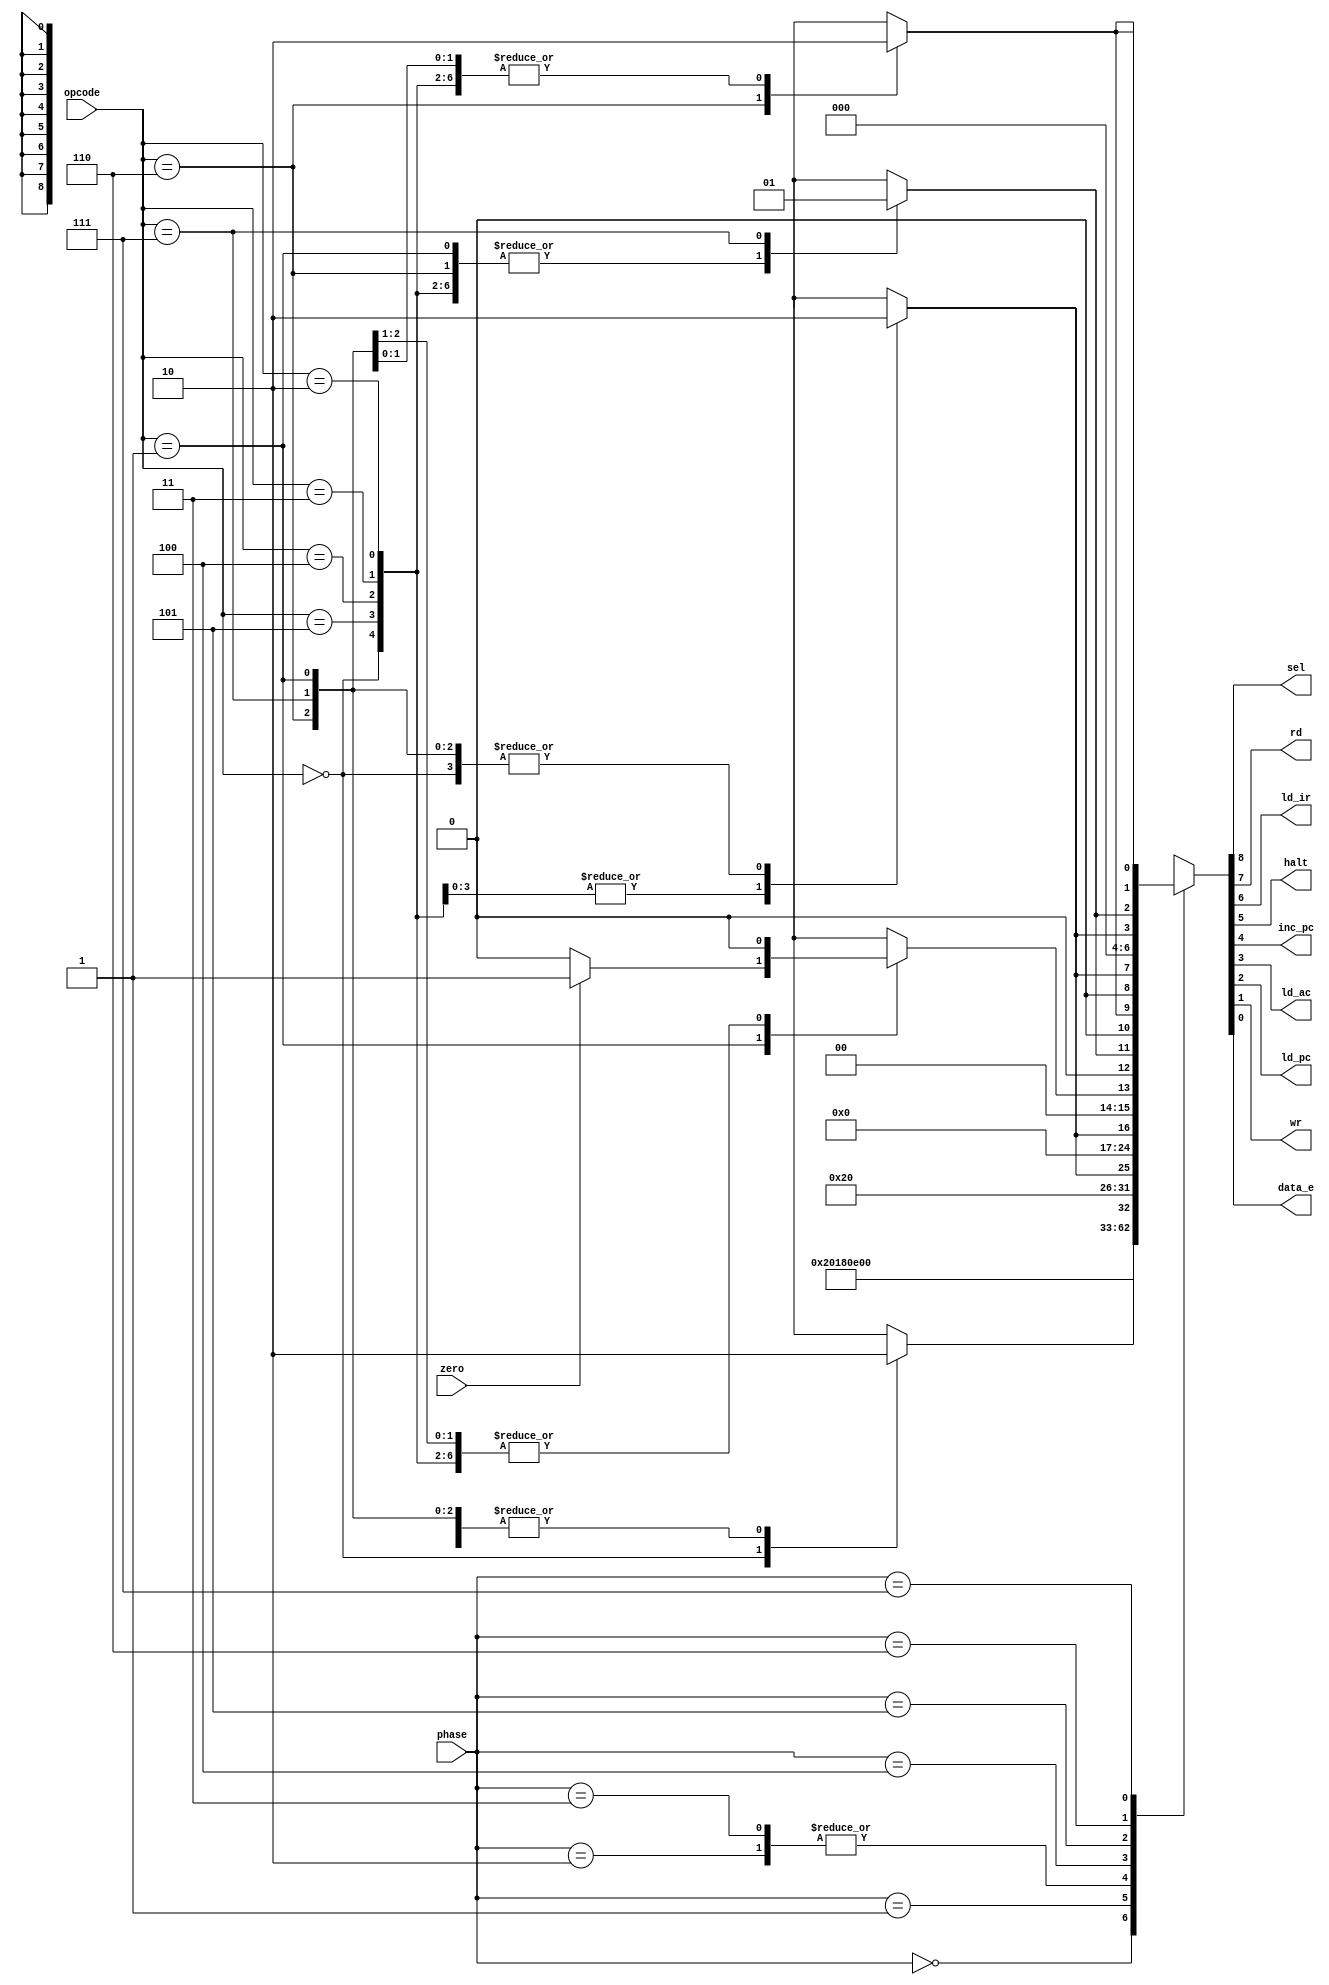
`default_nettype none
`timescale 1ns/1ps

module controller(
    input wire [2:0] opcode, phase,
    input wire zero,
    output wire sel, rd, ld_ir, halt, inc_pc, ld_ac, ld_pc, wr, data_e
);
    reg [8:0] controlsig;
    assign {sel, rd, ld_ir, halt, inc_pc, ld_ac, ld_pc, wr, data_e} = controlsig;
    reg HALT, ALUOP, JMP, STO, SKZnZero;

    always @(*) begin
        HALT = 0;
        ALUOP = 0;
        STO = 0;
        JMP = 0;
        SKZnZero = 0;
        case(opcode)
            3'b000: begin HALT = 1; end
            3'b001: if (zero) SKZnZero = 1;
            3'b010,3'b011,3'b100,3'b101 : begin ALUOP = 1; end
            3'b110: STO = 1;
            3'b111: JMP = 1;
        endcase
    end
    always @(*) begin
        case(phase)
            3'b000 : controlsig = 9'b1000_0000_0;   // INST_addr
            3'b001 : controlsig = 9'b1100_0000_0;   // INST_fetch
            3'b010 : controlsig = 9'b1110_0000_0;   // INST_LOAD
            3'b011 : controlsig = 9'b1110_0000_0;   // IDLE
            3'b100 : controlsig = {3'b000, HALT, 5'b10000};   // OP_ADDR
            3'b101 : controlsig = {1'b0, ALUOP, 7'b0000_000};   // OP_FETCH
            3'b110 : controlsig = {1'b0, ALUOP, 2'b00, SKZnZero, 1'b0, JMP, 1'b0, STO};   // ALU_OP
            3'b111 : controlsig = {1'b0, ALUOP, 3'b000, ALUOP, JMP, STO, STO};   // STORE          
        endcase
    end



endmodule